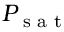
P _ { \textrm { s a t } }